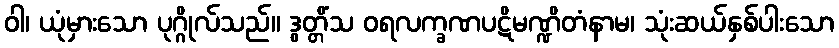
ဝါ၊ ယုံမှားသော ပုဂ္ဂိုလ်သည်။ ဒွတ္တိံသ ဝရလက္ခဏပဋိမဏ္ဍိတံနာမ၊ သုံးဆယ်နှစ်ပါးသော